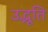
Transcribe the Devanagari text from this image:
उद्भूति